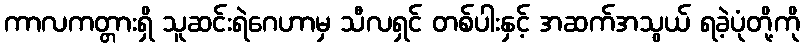
ကာလကတ္တားရှိ သူဆင်းရဲဂေဟာမှ သီလရှင် တစ်ပါးနှင့် အဆက်အသွယ် ရခဲ့ပုံတို့ကို